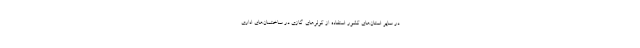
در سایر استان‌های کشور استفاده از کولر‌های گازی در ساختمان‌های اداری